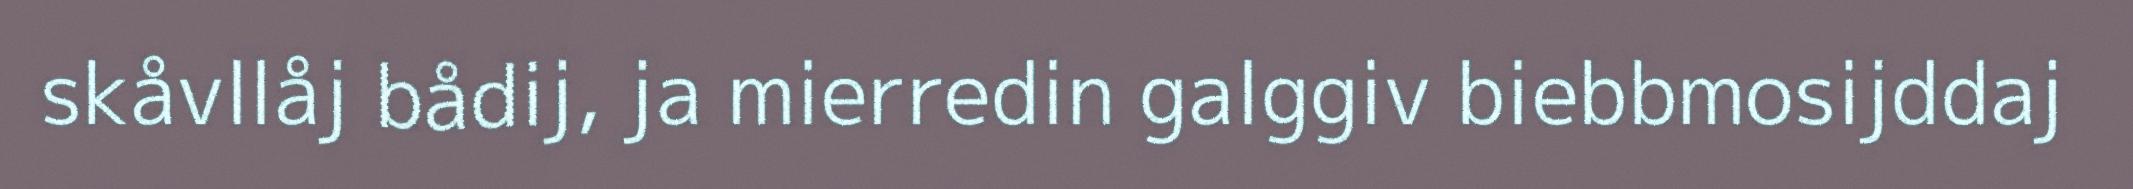
skåvllåj bådij, ja mierredin galggiv biebbmosijddaj